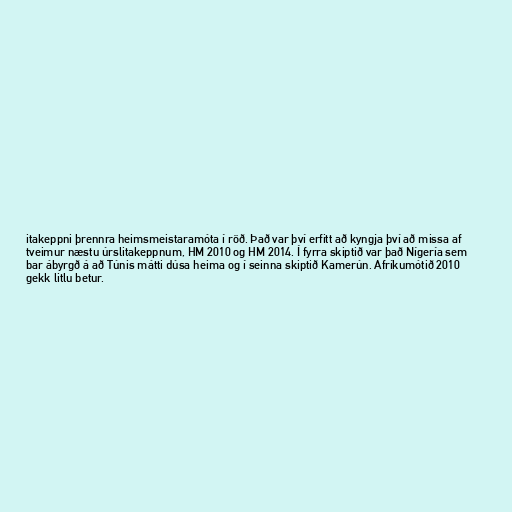
itakeppni þrennra heimsmeistaramóta í röð. Það var því erfitt að kyngja því að missa af
tveimur næstu úrslitakeppnum, HM 2010 og HM 2014. Í fyrra skiptið var það Nígería sem
bar ábyrgð á að Túnis mátti dúsa heima og í seinna skiptið Kamerún. Afríkumótið 2010
gekk litlu betur.